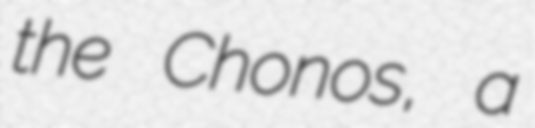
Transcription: the Chonos, a